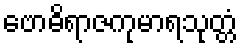
ဗောဓိရာဇကုမာရသုတ္တံ